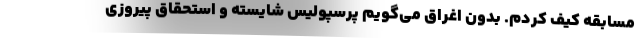
مسابقه کیف کردم. بدون اغراق می‌گویم پرسپولیس شایسته و استحقاق پیروزی